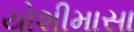
યોશીમાસા